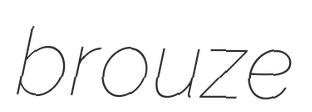
brouze